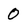
Character: 0